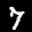
Label: 7